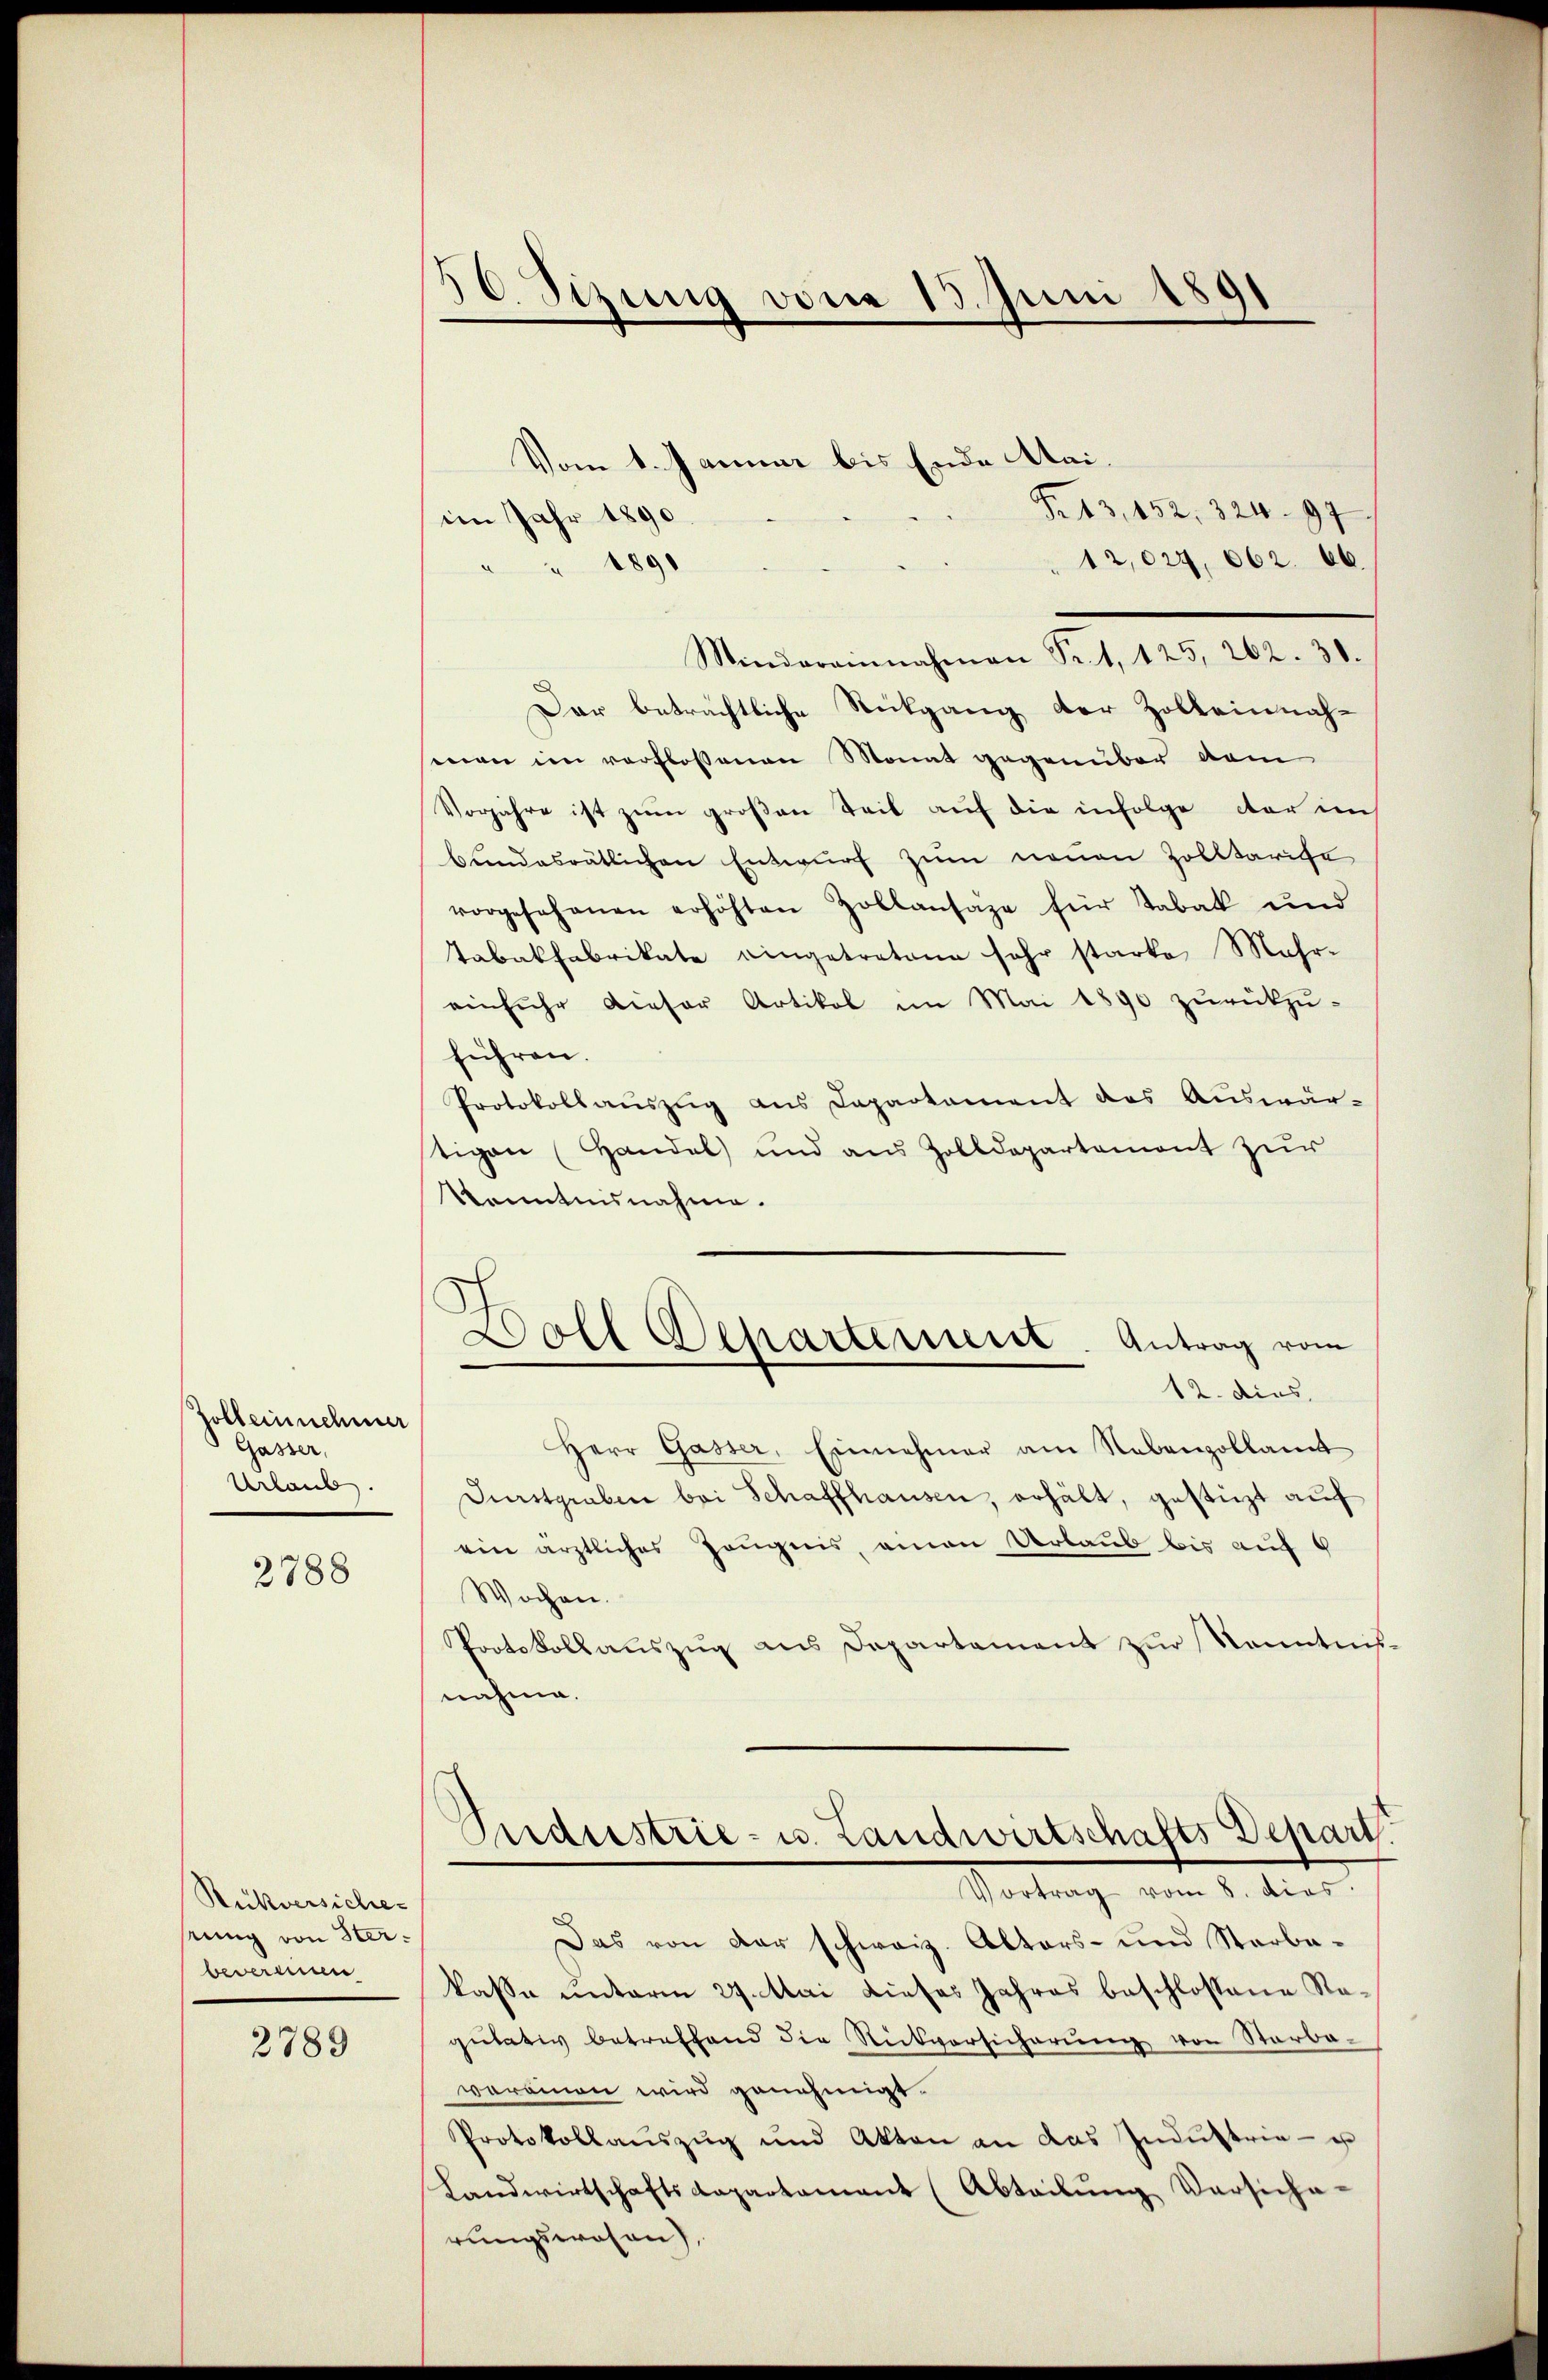
Zoll einnehmer
Gasser,
Urlaub.

2788

Rückversiche-
stung von Sterbewerenen

2789

30. Sizung vom 13. Juni 1891

Vom 1. Januar bis Ende Mai.
Fr. 13, 152. 324. 97
im Jahr 1890.
12,027, 662. 66.
 1890
Mindereinnahmen Fr. 1, 125, 262. 30.
Dar beträchtliche Rückgang der Zolleinnahman im verflossenen Monat gegenüber vom
Vorjahre ist zum großen Teil auf die infolge dar im
bundesrätlichen Entwurf zum neuen Zolltarise
vorgesehenen erhöhten Zollansaze für Tabak und
Tabakfabrikate eingetretene sehr starke Mehr-
einfuhr dieser Artikel im Mai 1890 zurückzu-
führen.
Protokoll aŭszŭg ans Departament das Auswär-
tigen (Handel und aus Zolldepartemont zur
Kenntnisnahme.
12. dies
Herr Gasser, Einnehmer am Nebenzollamt
Durstgraben bei Schaffhausen, erhält, gesticht auf
ein ärztliches Zeugnis, einen Urlaub bis auf 6
Wochen.
Protokollauszug aus Departement zur Kenntnis.
nahme.
Orednestrie- u. Landwirtschafts Depart.
Vortrag vom 8. dies
Das von der schweiz. Altors- und Sterbakasse unterm 27. Mai dieses Jahres beschlossene Raputativ betreffend die Rückversicherung von Starba-
varainen wird genehmigt.
Protokollaŭszŭg und Akten an das Indŭstria- u
Landwirtschaftsdepartamant (Abteilŭng Versiche-
rungswesen),

Doll Scharternent. Antrag vom